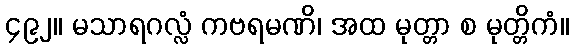
၄၉၂။ မသာရဂလ္လံ ကဗရမဏိ၊ အထ မုတ္တာ စ မုတ္တိကံ။